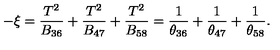
- \xi = \frac { T ^ { 2 } } { B _ { 3 6 } } + \frac { T ^ { 2 } } { B _ { 4 7 } } + \frac { T ^ { 2 } } { B _ { 5 8 } } = \frac { 1 } { \theta _ { 3 6 } } + \frac { 1 } { \theta _ { 4 7 } } + \frac { 1 } { \theta _ { 5 8 } } .